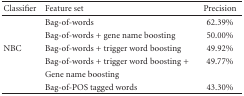
| Classifier | Feature set | Precision |
 | --- | --- | --- |
 |  | Bag-of-words | 62.39% |
 |  | Bag-of-words + gene name boosting | 50.00% |
 | NBC | Bag-of-words + trigger word boosting | 49.92% |
 |  | Bag-of-words + trigger word boosting + | 49.77% |
 |  | Gene name boosting |  |
 |  | Bag-of-POS tagged words | 43.30% |